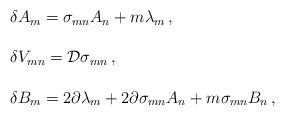
LaTeX: \begin{align*}\begin{array}{rcl}&& \delta A_{m} = \sigma_{mn} A_{n} + m \lambda_{m}\, ,\\& & \\&& \delta V_{mn} = {\cal D}\sigma_{mn}\, ,\\& & \\&& \delta B_{m} = 2\partial\lambda_{m} + 2\partial \sigma_{mn}A_{n} + m \sigma_{mn}B_{n}\, ,\\\end{array}\end{align*}